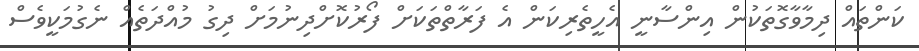
ކަންތައް ދިމާވާގޮތަކުން އިންސާނީ އެހީތެރިކަން އެ ފަރާތްތަކަށް ފޯރުކޮށްދިނުމަށް ދިގު މުއްދަތެއް ނެގުމަކީވެސް